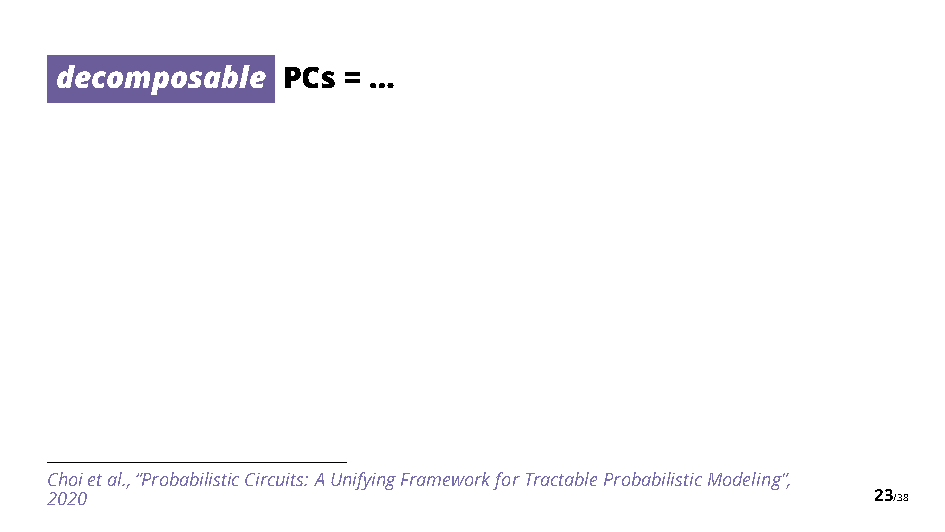
decomposable   PCs = …
 Choietal.,“ProbabilisticCircuits: AUnifyingFrameworkforTractableProbabilisticModeling”,
 2020                                                   23/38